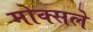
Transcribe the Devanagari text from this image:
मोक्सले